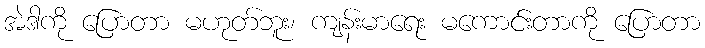
အဲဒါကို ပြောတာ မဟုတ်ဘူး၊ ကျန်းမာရေး မကောင်းတာကို ပြောတာ